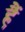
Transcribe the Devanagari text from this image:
हैं़